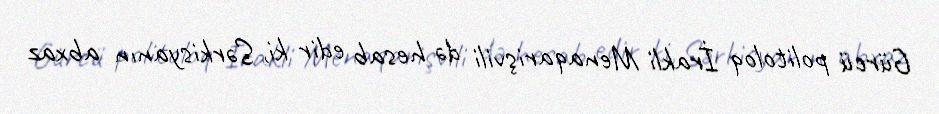
Gürcü politoloq İrakli Menaqarişvili də hesab edir ki, Sərkisyanın abxaz